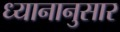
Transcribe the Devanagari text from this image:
ध्यानानुसार